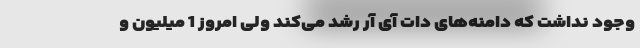
وجود نداشت که دامنه‌های دات آی آر رشد می‌کند ولی امروز 1 میلیون و